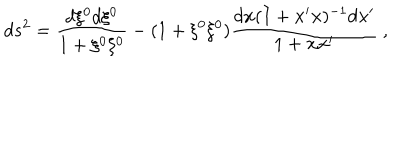
d s ^ { 2 } = \frac { d \xi ^ { 0 } d \xi ^ { 0 } } { 1 + \xi ^ { 0 } \xi ^ { 0 } } - ( 1 + \xi ^ { 0 } \xi ^ { 0 } ) \frac { d { \bf x } ( I + { \bf x } ^ { \prime } { \bf x } ) ^ { - 1 } d { \bf x } ^ { \prime } } { 1 + { \bf x } { \bf x } ^ { \prime } } ~ ,